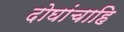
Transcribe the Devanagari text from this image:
दोघांचाहि